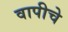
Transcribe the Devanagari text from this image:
वापीचे